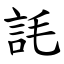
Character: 䚽